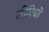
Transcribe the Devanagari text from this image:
सीटियों